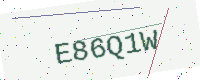
Text: E86Q1W